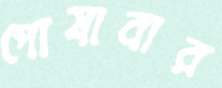
পোষাবার